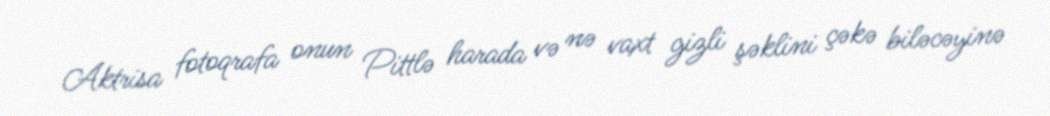
Aktrisa fotoqrafa onun Pittlə harada və nə vaxt gizli şəklini çəkə biləcəyinə